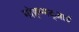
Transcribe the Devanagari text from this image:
मोहम्मद्ज़ाई